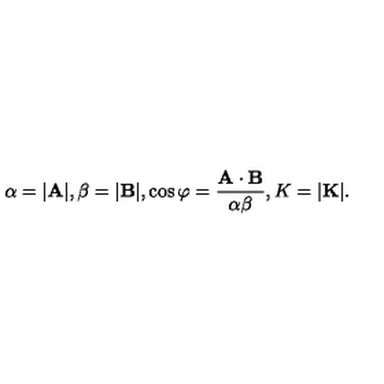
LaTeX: \alpha = | \mathrm { \bf \itshape A } | , \beta = | \mathrm { \bf \itshape B } | , \cos \varphi = \frac { \mathrm { \bf \itshape A } \cdot \mathrm { \bf \itshape B } } { \alpha \beta } , K = | \mathrm { \bf \itshape K } | .